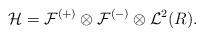
LaTeX: \begin{align*}{\cal H} = {\cal F}^{(+)} \otimes {\cal F}^{(-)}\otimes{\cal L}^2(R).\end{align*}